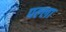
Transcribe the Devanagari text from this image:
पल्‍ला